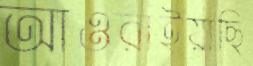
আওরাইয়াছি